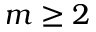
m \geq 2